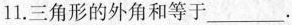
11.三角形的外角和等于___.